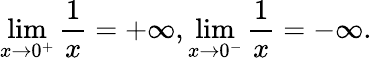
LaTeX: \operatorname*{lim}_{x\to 0^{+}}{\frac{1}{x}}=+\infty,\operatorname*{lim}_{x\to 0^{-}}{\frac{1}{x}}=-\infty.